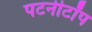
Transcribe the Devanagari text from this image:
पटनीटॉप